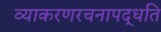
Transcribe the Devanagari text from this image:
व्याकरणरचनापद्धति